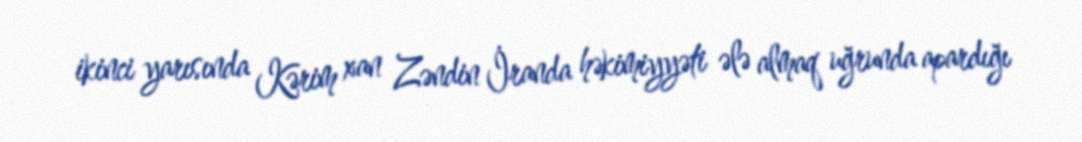
ikinci yarısında Kərim xan Zəndin İranda həkimiyyəti ələ almaq uğrunda apardığı